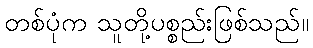
တစ်ပုံက သူတို့ပစ္စည်းဖြစ်သည်။